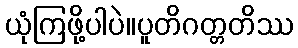
ယုံကြဖို့ပါပဲ။ပူတိဂတ္တတိဿ